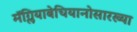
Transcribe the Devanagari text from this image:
मॅग्लियाबेचियानोसारख्या